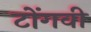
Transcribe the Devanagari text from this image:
टोंगवी